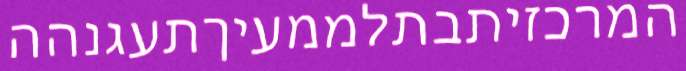
המרכזיתבתלממעיךתעגנהה